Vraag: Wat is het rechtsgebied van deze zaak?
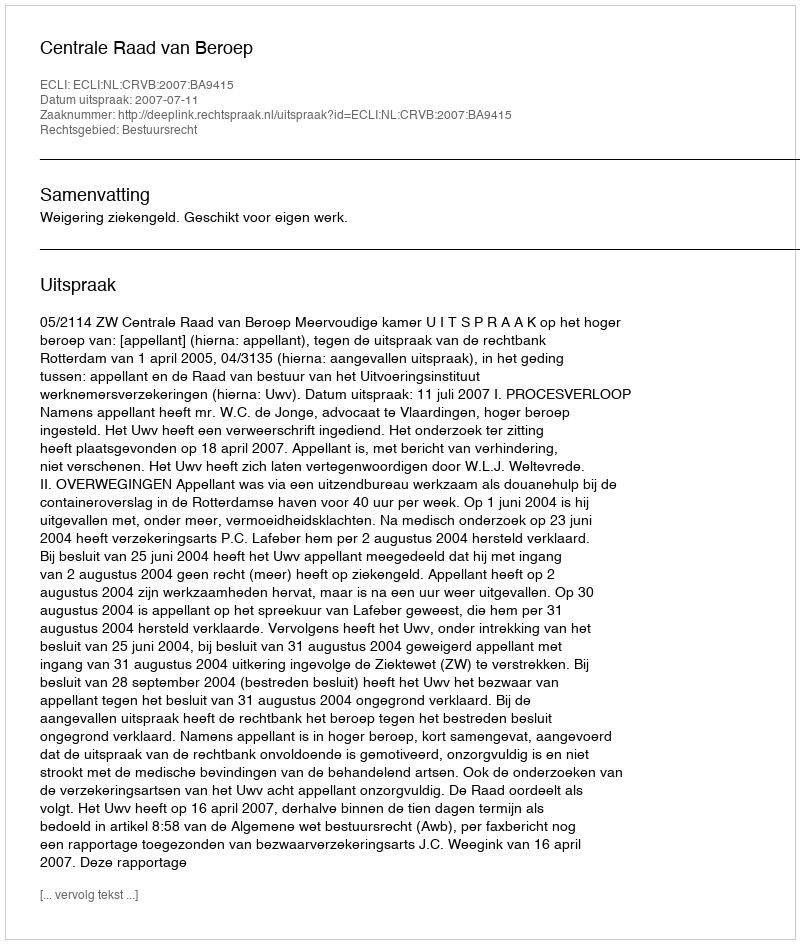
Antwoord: Bestuursrecht